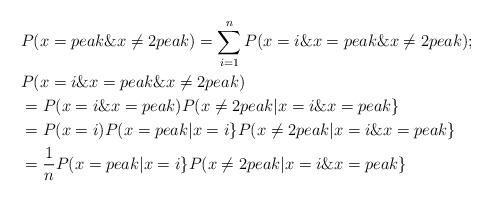
LaTeX: \begin{align*}&P(x=peak\&x\neq 2peak)=\sum_{i=1}^n P(x=i\&x=peak\&x\neq 2peak);\\&P(x=i\&x=peak\&x\neq 2peak)\\&=P(x=i\&x=peak)P(x\neq 2peak|x=i\&x=peak\}\\&=P(x=i)P(x=peak|x=i\}P(x\neq 2peak|x=i\&x=peak\}\\&=\frac1nP(x=peak|x=i\}P(x\neq 2peak|x=i\&x=peak\}\\\end{align*}